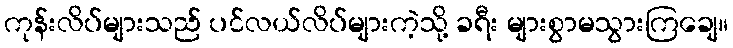
ကုန်းလိပ်များသည် ပင်လယ်လိပ်များကဲ့သို့ ခရီး များစွာမသွားကြချေ။